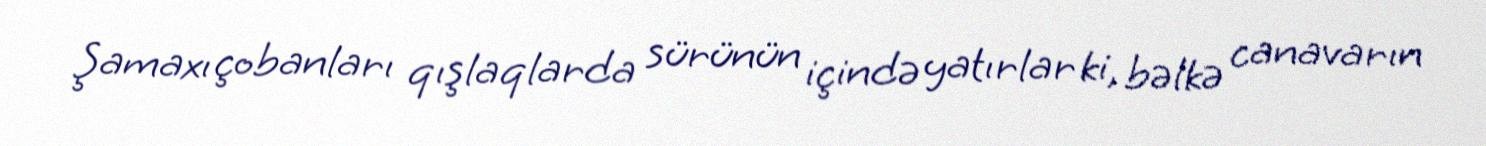
Şamaxı çobanları qışlaqlarda sürünün içində yatırlar ki, bəlkə canavarın